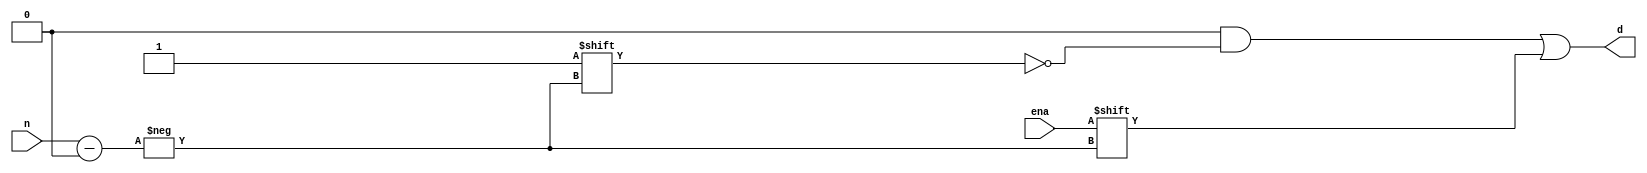
/************************************************
  The Verilog HDL code example is from the book
  Computer Principles and Design in Verilog HDL
  by Yamin Li, published by A JOHN WILEY & SONS
************************************************/
module decoder3e (n,ena,d);         // 3-8 decoder with enable
    input  [2:0] n;                 // inputs:  n, 3 bits
    input        ena;               // input:   enable
    output [7:0] d;                 // outputs: d, 2^3 = 8 bits
    reg    [7:0] d;                 // d cannot be a wire
    always @ (ena or n) begin       // always block
        d    = 8'b0;                // let d = 00000000 first
        d[n] = ena;                 // then let n-th bit of d = ena (0 or 1)
    end
endmodule